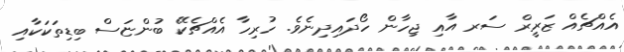
އެއްޗެއް ޒަރީރް ސަރ އާއި ޖިހާން ހޯދައިދިނެވެ. ހުރިހާ އެއްޗެކޭ ބުންޏަސް ބިޑިތަކަކާއި